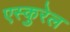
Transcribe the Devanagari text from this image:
एस्कुरेल